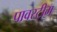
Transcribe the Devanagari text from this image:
पावरटीम